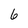
Character: 6